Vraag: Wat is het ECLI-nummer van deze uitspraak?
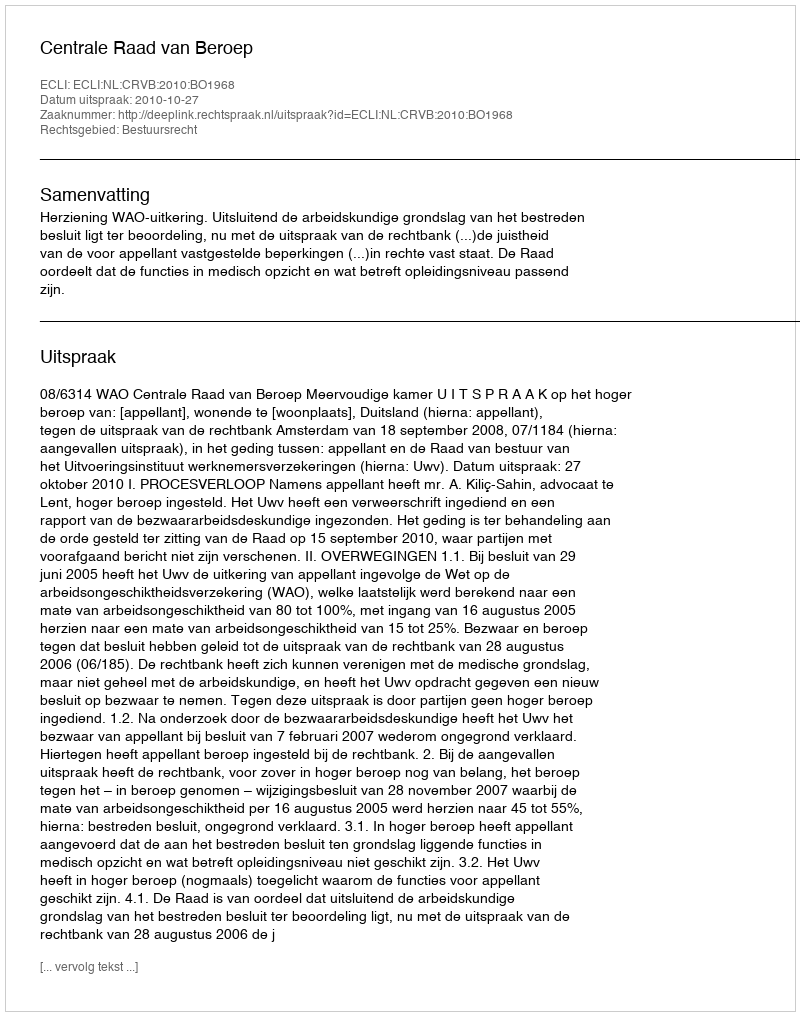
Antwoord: ECLI:NL:CRVB:2010:BO1968